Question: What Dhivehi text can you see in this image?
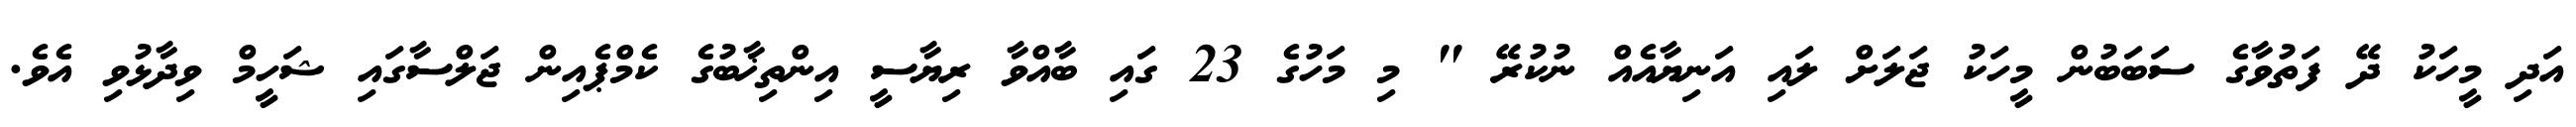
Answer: އަދި މީހަކު ދޭ ފަތުވާގެ ސަބަބުން މީހަކު ޖަލަށް ލައި އަނިޔާއެއް ނުކުރޭ " މި މަހުގެ 23 ގައި ބާއްވާ ރިޔާސީ އިންތިޚާބުގެ ކެމްޕެއިން ޖަލްސާގައި ޝަހީމް ވިދާޅުވި އެވެ.